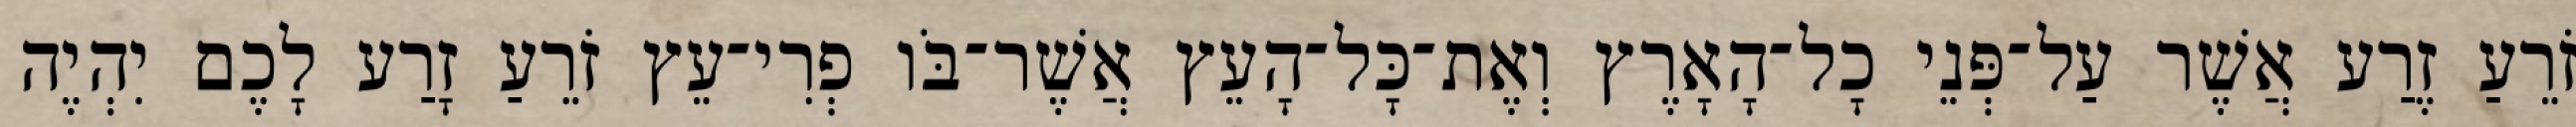
זֹרֵעַ זֶרַע אֲשֶׁר עַל־פְּנֵי כָל־הָאָרֶץ וְאֶת־כָּל־הָעֵץ אֲשֶׁר־בֹּו פְרִי־עֵץ זֹרֵעַ זָרַע לָכֶם יִהְיֶה